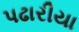
પઢારીયા